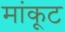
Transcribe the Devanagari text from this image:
मांकूट